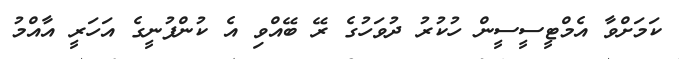
ކަމަށްވާ އެމްޓީސީސީން ހުކުރު ދުވަހުގެ ރޭ ބޭއްވި އެ ކުންފުނީގެ އަހަރީ އާއްމު